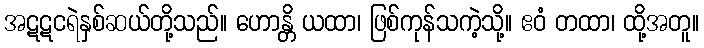
အဋဋငရဲနှစ်ဆယ်တို့သည်။ ဟောန္တိ ယထာ၊ ဖြစ်ကုန်သကဲ့သို့။ ဧဝံ တထာ၊ ထို့အတူ။